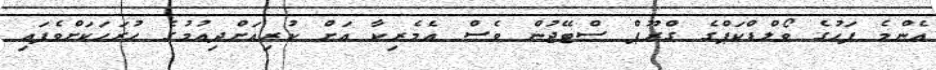
އެންމެ ފަހުގެ ވޯލްޑްކަޕްގެ ގްރޫޕް ސްޓޭޖުން ވެސް އެމެރިކާ އަށް ކުރިއަށްދިއުމުގެ ހުރަހަކަށްވެފައި